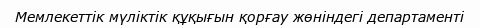
Мемлекеттік мүліктік құқығын қорғау жөніндегі департаменті